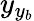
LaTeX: y_{y_{b}}